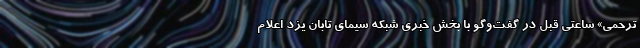
ترحمی» ساعتی قبل در گفت‌وگو با بخش خبری شبکه سیمای تابان یزد اعلام